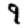
Digit: 9